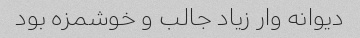
دیوانه وار زیاد جالب و خوشمزه بود